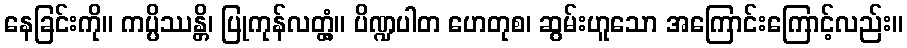
နေခြင်းကို။ ကပ္ပိဿန္တိ၊ ပြုကုန်လတ္တံ့။ ပိဏ္ဍပါတ ဟေတုစ၊ ဆွမ်းဟူသော အကြောင်းကြောင့်လည်း။